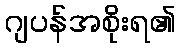
ဂျပန်အစိုးရ၏